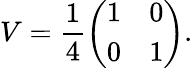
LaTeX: V=\frac{1}{4}\left(\begin{array}{ll}{1}&{0}\\ {0}&{1}\end{array}\right).